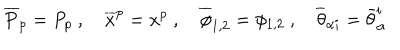
\overline { { P } } _ { p } = P _ { p } \ , \quad \overline { { x } } ^ { p } = x ^ { p } \ , \quad \overline { { \phi } } _ { 1 , 2 } = \phi _ { 1 , 2 } \ , \quad \overline { { \theta } } _ { \alpha i } = \bar { \theta } _ { \dot { \alpha } } ^ { i }